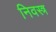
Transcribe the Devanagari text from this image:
निवस्त्र